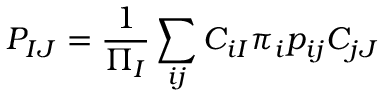
P _ { I J } = \frac { 1 } { \Pi _ { I } } \sum _ { i j } C _ { i I } \pi _ { i } p _ { i j } C _ { j J }